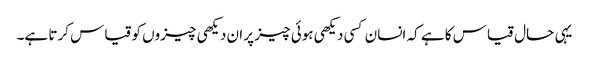
یہی حال قیاس کا ہے کہ انسان کسی دیکھی ہوئی چیز پر ان دیکھی چیزوں کو قیاس کرتا ہے۔